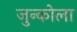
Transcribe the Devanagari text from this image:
जुन्कोला